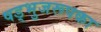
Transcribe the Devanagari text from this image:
षड्भुजरूपका